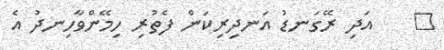
٢    އަދި ރޭގަނޑު އަނދިރިކަން ފެތުރި ހިމޭންވާހިނދު އެ